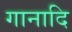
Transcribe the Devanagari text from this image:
गानादि